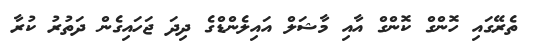
ތެރޭގައި ހޮންގް ކޮންގް އާއި މާޝަލް އައިލެންޑްގެ ދިދަ ޖަހައިގެން ދަތުރު ކުރާ